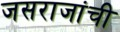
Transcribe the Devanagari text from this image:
जसराजांची